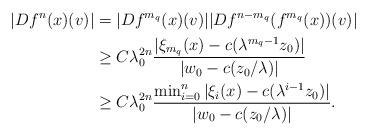
LaTeX: \begin{align*}|Df^n(x)(v)|&=|Df^{m_q}(x)(v)||Df^{n-m_q}(f^{m_q}(x))(v)|\\&\geq C \lambda_0^{2n} \frac{|\xi_{m_q}(x)-c(\lambda^{m_q-1}z_0)|}{|w_0-c(z_{0}/\lambda)|}\\&\geq C \lambda_0^{2n} \frac{\min_{i=0}^{n}|\xi_{i}(x)-c(\lambda^{i-1}z_0)|}{|w_0-c(z_{0}/\lambda)|}.\end{align*}